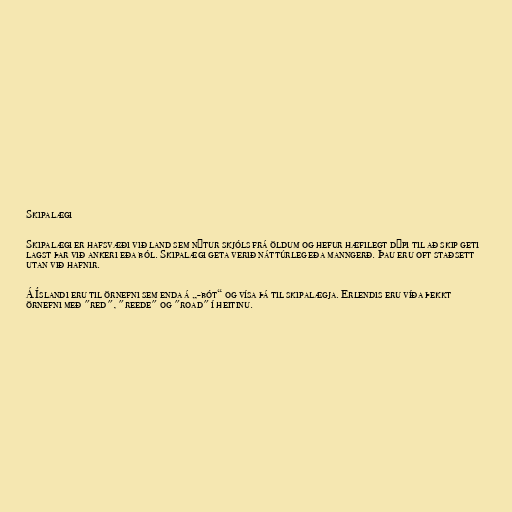
Skipalægi

Skipalægi er hafsvæði við land sem nýtur skjóls frá öldum og hefur hæfilegt dýpi til að skip geti
lagst þar við ankeri eða ból. Skipalægi geta verið náttúrleg eða manngerð. Þau eru oft staðsett
utan við hafnir.

Á Íslandi eru til örnefni sem enda á „-bót“ og vísa þá til skipalægja. Erlendis eru víða þekkt
örnefni með "red", "reede" og "road" í heitinu.